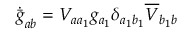
\dot { \bar { g } } _ { a b } = V _ { a a _ { 1 } } g _ { a _ { 1 } } \delta _ { a _ { 1 } b _ { 1 } } \overline { { { V } } } _ { b _ { 1 } b }